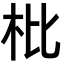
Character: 枇